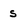
Character: s